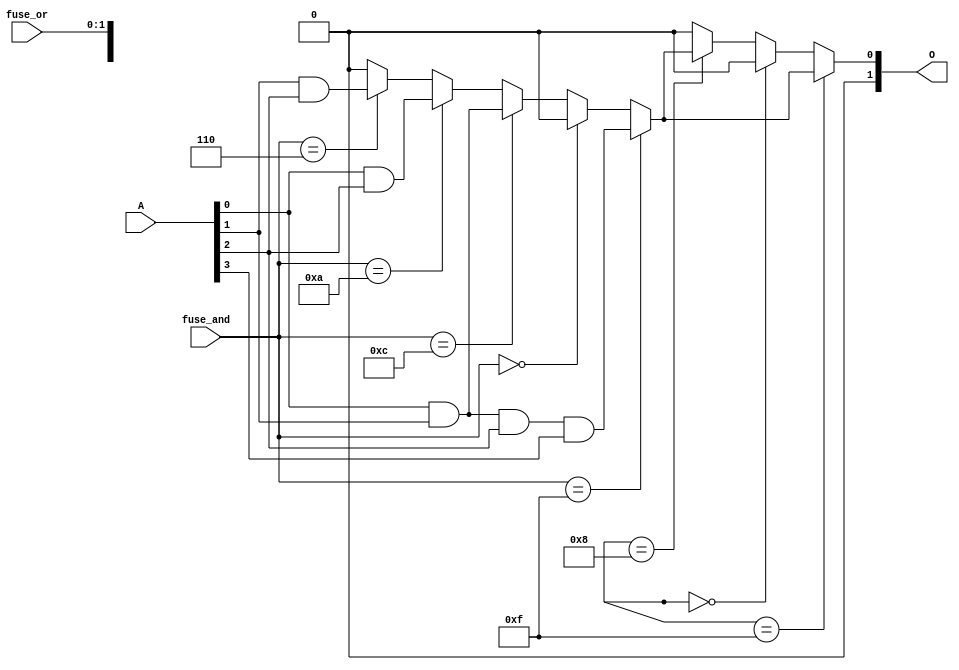
module programmable_PLA (
    input wire [N-1:0] A,  // N input signals (A1, A2, ..., An)
    input wire [M-1:0] fuse_and, // Fuse connections for AND plane
    input wire [K-1:0] fuse_or,  // Fuse connections for OR plane
    output wire [P-1:0] O        // P output signals (O1, O2, ..., Ok)
);

parameter N = 4; // Number of inputs
parameter M = 4; // Number of product terms
parameter K = 2; // Number of outputs
parameter P = 2; // Number of outputs

// Product Terms
wire [M-1:0] PT; // Product terms

// AND Plane: Generate product terms based on input and fuse configuration
genvar i, j;
generate
    for (i = 0; i < M; i = i + 1) begin : and_plane
        assign PT[i] = (fuse_and[i*N +: N] == {N{1'b1}}) ? (A[0] & A[1] & A[2] & A[3]) : // Example: AND all inputs
                       (fuse_and[i*N +: N] == {N{1'b0}}) ? 1'b0 : // All fuses blown
                       (fuse_and[i*N +: N] == {1'b1, 1'b1, 1'b0, 1'b0}) ? (A[0] & A[1]) : // Example: PT1
                       (fuse_and[i*N +: N] == {1'b1, 1'b0, 1'b1, 1'b0}) ? (A[0] & A[2]) : // Example: PT2
                       (fuse_and[i*N +: N] == {1'b0, 1'b1, 1'b1, 1'b0}) ? (A[1] & A[2]) : // Example: PT3
                       1'b0; // Default case
    end
endgenerate

// OR Plane: Generate outputs based on product terms and fuse configuration
genvar k;
generate
    for (k = 0; k < P; k = k + 1) begin : or_plane
        assign O[k] = (fuse_or[k*M +: M] == {M{1'b1}}) ? (PT[0] | PT[1] | PT[2] | PT[3]) : // Example: OR all product terms
                      (fuse_or[k*M +: M] == {M{1'b0}}) ? 1'b0 : // All fuses blown
                      (fuse_or[k*M +: M] == {1'b1, 1'b0, 1'b0, 1'b0}) ? PT[0] : // Example: Output from PT1
                      (fuse_or[k*M +: M] == {0, 1'b1, 1'b0, 1'b0}) ? PT[1] : // Example: Output from PT2
                      1'b0; // Default case
    end
endgenerate

endmodule